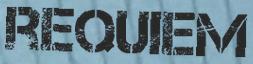
REQUIEM